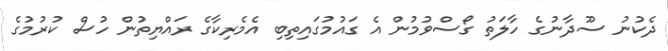
ދެކުނު ސޫދާނުގެ ހާލަތު ގޯސްވުމުން އެ ގައުމުގައިތިބި އެމެރިކާގެ ރައްޔިތުން ހުސް ކުރުމުގެ